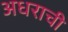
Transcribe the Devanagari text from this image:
अधराची